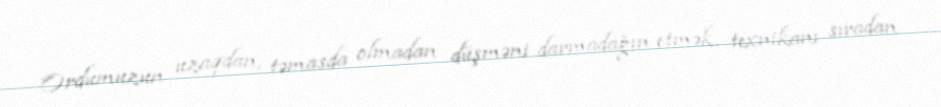
Ordumuzun uzaqdan, təmasda olmadan düşməni darmadağın etmək, texnikanı sıradan